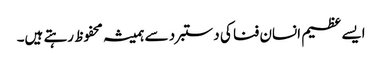
ایسے عظیم انسان فنا کی دستبرد سے ہمیشہ محفوظ رہتے ہیں۔